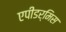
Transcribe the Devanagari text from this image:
एपीडर्मिस